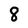
Character: 8